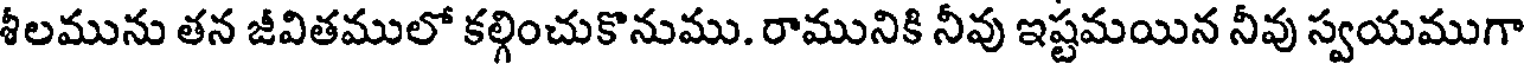
శీలమును తన జీవితములో కల్గించుకొనుము. రామునికి నీవు ఇష్టమయిన నీవు స్వయముగా